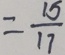
= \frac { 1 5 } { 1 7 }